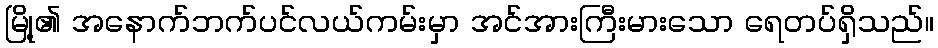
မြို့၏ အနောက်ဘက်ပင်လယ်ကမ်းမှာ အင်အားကြီးမားသော ရေတပ်ရှိသည်။